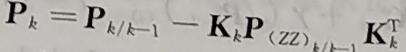
$\mathbf{P}_{k}=\mathbf{P}_{k / k - 1}-\mathbf{K}_{k} \mathbf{P}_{(\mathrm{ZZ})_{k / k - 1}} \mathbf{K}_{k}^{\mathrm{T}}$